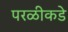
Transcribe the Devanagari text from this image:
परळीकडे